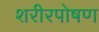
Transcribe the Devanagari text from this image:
शरीरपोषण